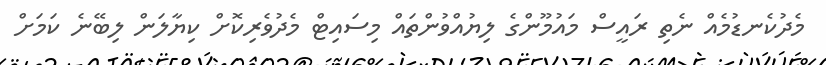
މެދުކެނޑުމެއް ނެތި ރައީސް މައުމޫންގެ ލިޔުއްވުންތައް މިސައިޓް މެދުވެރިކޮށް ކިޔާލަން ލިބޭނެ ކަމަށް